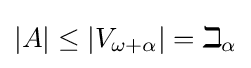
|A|\leq |V_{\omega +\alpha }|=\beth _{\alpha }